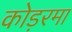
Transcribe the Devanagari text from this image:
कोड़रमा